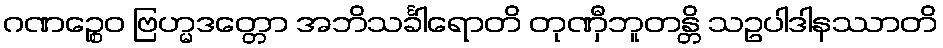
ဂဏဉ္စေဝ ဗြဟ္မဒတ္တော အဘိသင်္ခါရောတိ တုဏှီဘူတန္တိ သဥပါဒါနဿာတိ